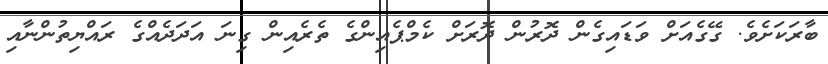
ބާރަކަށެވެ. ގޭގެއަށް ވަޑައިގެން ދޮރުން ދޮރަށް ކެމްޕެއިންގެ ތެރެއިން ގިނަ އަދަދެއްގެ ރައްޔިތުންނާއި